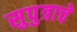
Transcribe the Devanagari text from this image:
सुपुत्राचे